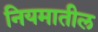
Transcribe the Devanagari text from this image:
नियमातील